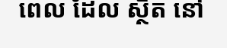
ពេល ដែល ស្ថិត នៅ